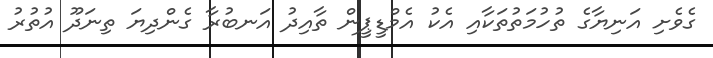
ގެވެށި އަނިޔާގެ ތުހުމަތުތަކާއި އެކު އެމްޑީޕީން ތާއިދު އަނބުރާ ގެންދިޔަ ތިނަދޫ އުުތުރު